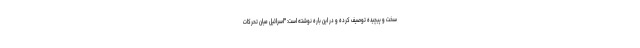
سخت و پیچیده توصیف کرده و در این باره نوشته است: "اسرائیل میان تحرکات